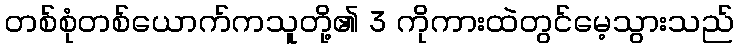
တစ်စုံတစ်ယောက်ကသူတို့၏ 3 ကိုကားထဲတွင်မေ့သွားသည်